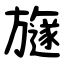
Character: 旞